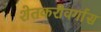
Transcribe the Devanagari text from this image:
शेतकरीवर्गास